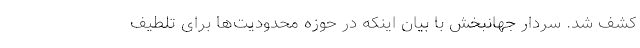
کشف شد. سردار جهانبخش با بیان اینکه در حوزه محدودیت‌ها برای تلطیف